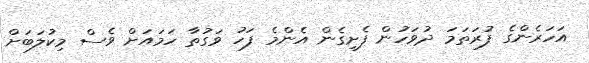
އަހަރެންގެ ފުރަތަމަ ދުވަހުން ފެށިގެން އެންމެ ފަހު ވަގުތާ ހަމައަށް ވެސް މިކުލަބަށް